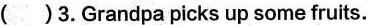
( )3.Grandpa picks up some fruits.